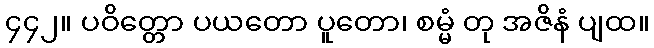
၄၄၂။ ပဝိတ္တော ပယတော ပူတော၊ စမ္မံ တု အဇိနံ ပျထ။